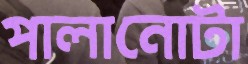
পালানোটা